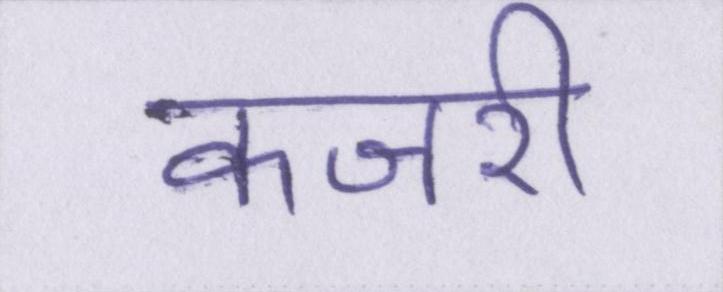
कजरी